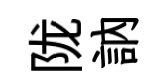
陇訥